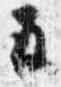
并